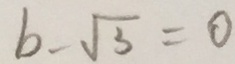
b - \sqrt { 3 } = 0